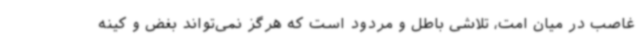
غاصب در میان امت، تلاشی باطل و مردود است که هرگز نمی‌تواند بغض و کینه